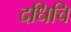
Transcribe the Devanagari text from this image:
दधिचि